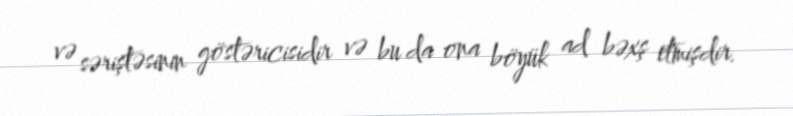
və səriştəsinin göstəricisidir və bu da ona böyük ad bəxş etmişdir.